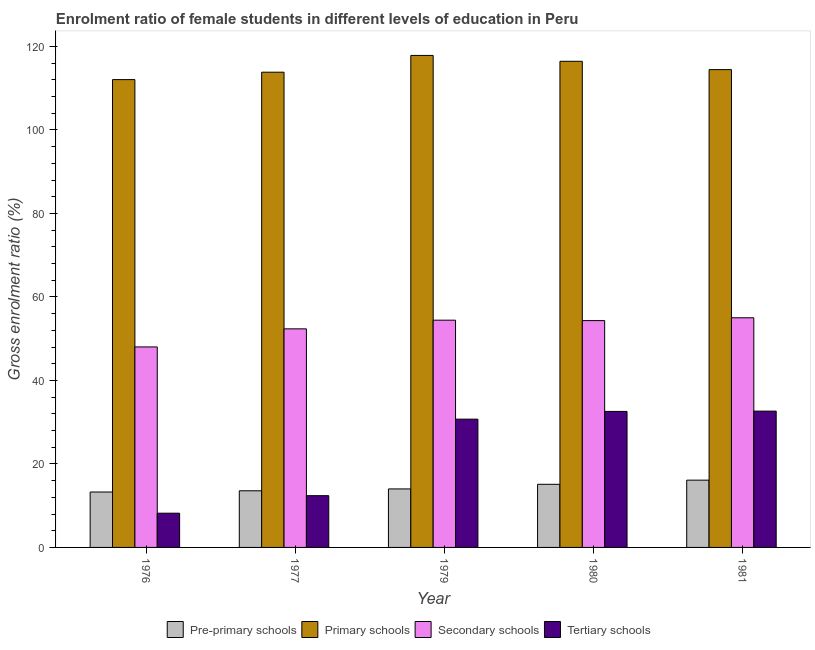
| Year | Pre-primary schools | Primary schools | Secondary schools | Tertiary schools |
 | --- | --- | --- | --- | --- |
 | 1976 | 13.3 | 112 | 48 | 8.2 |
 | 1977 | 13.6 | 114 | 52.4 | 12.4 |
 | 1979 | 14 | 118 | 54.4 | 30.7 |
 | 1980 | 15.1 | 116 | 54.3 | 32.6 |
 | 1981 | 16.1 | 114 | 55 | 32.6 |